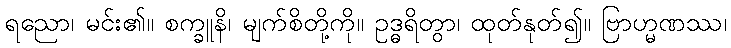
ရညော၊ မင်း၏။ စက္ခူနိ၊ မျက်စိတို့ကို။ ဥဒ္ဓရိတွာ၊ ထုတ်နုတ်၍။ ဗြာဟ္မဏဿ၊